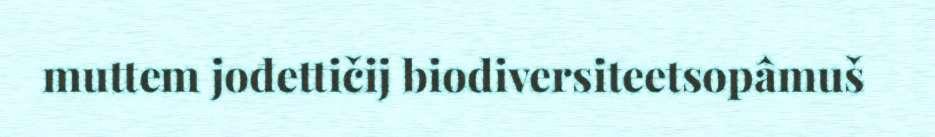
muttem jođettičij biodiversiteetsopâmuš